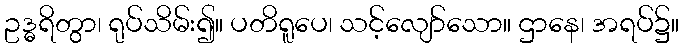
ဥဒ္ဓရိတွာ၊ ရုပ်သိမ်း၍။ ပတိရူပေ၊ သင့်လျော်သော။ ဌာနေ၊ အရပ်၌။